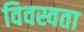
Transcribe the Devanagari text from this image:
विवस्वता